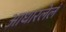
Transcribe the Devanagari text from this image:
आधारलेलं